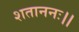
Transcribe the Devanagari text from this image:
शताननः।।